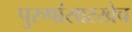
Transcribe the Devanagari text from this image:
पुरुषांसारखेच